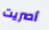
أصريت